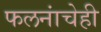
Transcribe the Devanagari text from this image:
फलनांचेही